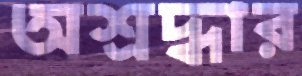
অশ্রদ্ধার